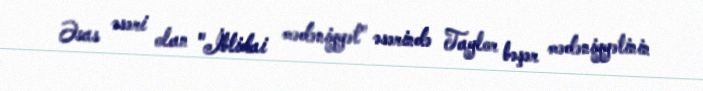
Əsas əsəri olan "İbtidai mədəniyyət" əsərində Taylor bəşər mədəniyyətinin